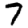
Digit: 7